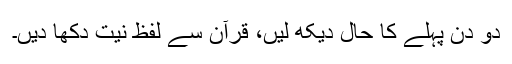
دو دن پہلے کا حال دیکھ لیں، قرآن سے لفظ نیت دکھا دیں۔